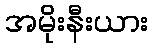
အမိုးနီးယား